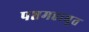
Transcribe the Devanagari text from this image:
पञ्चमहाभूत